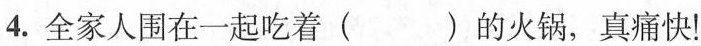
4. 全家人围在一起吃着( )的火锅，真痛快！